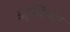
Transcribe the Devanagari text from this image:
डहूकिया